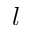
l